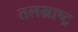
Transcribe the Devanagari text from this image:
तलभ्राष्ट्र